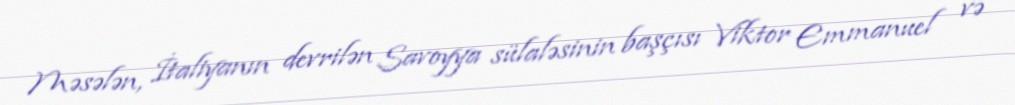
Məsələn, İtaliyanın devrilən Savoyya sülaləsinin başçısı Viktor Emmanuel və